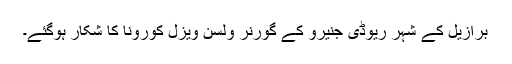
برازیل کے شہر ریوڈی جنیرو کے گورنر ولسن ویزل کورونا کا شکار ہوگئے۔